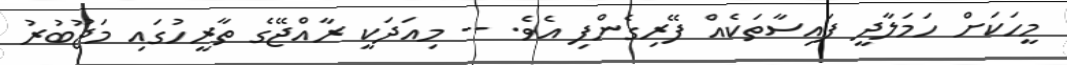
މީހަކަށް ހަމަލާދީ ފައިސާތަކެއް ފޭރިގެންފި އެވެ. -- މިއަދަކީ ރާއްޖޭގެ ތާރީހުގައި މަޖޫބުރު